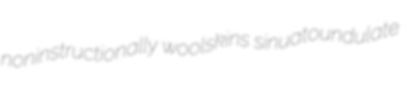
noninstructionally woolskins sinuatoundulate